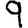
Digit: 9